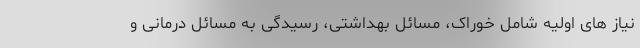
نیاز های اولیه شامل خوراک، مسائل بهداشتی، رسیدگی به مسائل درمانی و